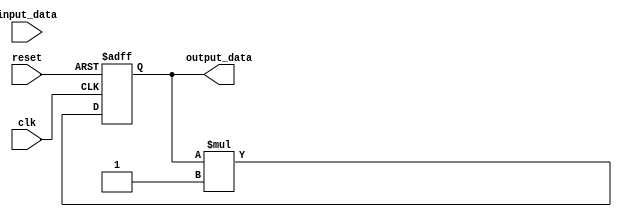
module iir_filter_accumulator (
    input clk,
    input reset,
    input [7:0] input_data,
    output reg [15:0] output_data
);

reg [15:0] accumulator;

// Coefficients for arithmetic operations
parameter COEFF_A = 3'b010;
parameter COEFF_B = 3'b001;

always @(posedge clk or posedge reset) begin
    if (reset) begin
        accumulator <= 0;
    end else begin
        // Perform addition operation
        accumulator <= accumulator + COEFF_A * input_data;
        // Perform multiplication operation
        accumulator <= accumulator * COEFF_B;
    end
end

assign output_data = accumulator;

endmodule